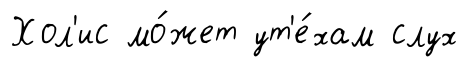
Хол'ис мо́жет ут'е́хам слух